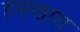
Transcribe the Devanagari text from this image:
हसणारा